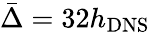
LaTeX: \bar{\Delta}=32h_{\mathrm{{DNS}}}